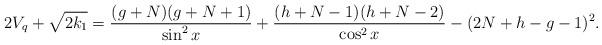
LaTeX: \begin{align*}2 V_q + \sqrt{2k_1} = \frac{(g+N)(g+N+1)}{\sin^2 x} + \frac{(h+N-1)(h+N-2)}{\cos^2 x} - (2N+h-g-1)^2 .\end{align*}